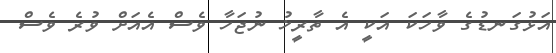
އަޅުގަނޑުގެ ވާހަކަ އަކީ އެ ތާރީޚު ނުޖަހާ ވެސް އެއަށް ވުރެ ވެސް